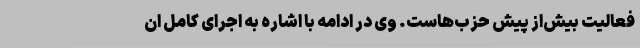
فعالیت بیش‌از پیش حزب‌هاست. وی در ادامه با اشاره به اجرای کامل ان